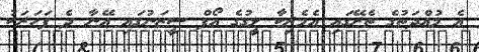
އެ މުއްދަތުގެ ތެރޭގައި އެމެރިކާ ލީގުގެ އޯފް ސީޒަނުގައި އޭނާ ދެ ފަހަރަކު